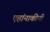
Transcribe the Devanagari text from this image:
एहांनाकीनी